Epidemic dropsy in Calcutta - Number 49
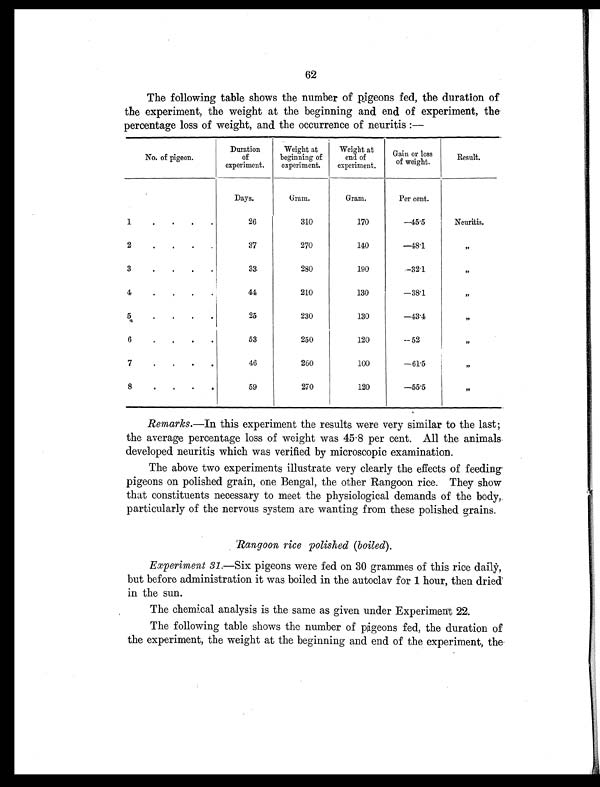
62
The following table shows the number of pigeons fed, the duration of
the experiment, the weight at the beginning and end of experiment, the
percentage loss of weight, and the occurrence of neuritis:—
No. of pigeon.
Duration
of
experiment.
Weight at
beginning of
experiment.
Weight at
end of
experiment.
Gain or loss
of weight.
Result.
Days.
Gram.
Gram.
Per cent.
1
.
.
.
26
310
170
—45.5
Neuritis.
2
.
.
.
37
270
140
—48.1
, ,
3
. . .
33
280
190
—32.1
, ,
4
.
.
44
210
130
—38.1
, ,
5
.
.
.
25
230
130
—43.4
, ,
6
.
. .
53
250
120
—52
, ,
7
.
.
.
46
260
100
—61.5
, ,
8
. . .
59
270
120
—55.5
, ,
Remarks.—In this experiment the results were very similar to the last;
the average percentage loss of weight was 45.8 per cent. All the animals
developed neuritis which was verified by microscopic examination.
The above two experiments illustrate very clearly the effects of feeding-
pigeons on polished grain, one Bengal, the other Rangoon rice. They show
that constituents necessary to meet the physiological demands of the body,
particularly of the nervous system are wanting from these polished grains.
Rangoon rice polished (boiled).
Experiment 31. —Six pigeons were fed on 30 grammes of this rice daily,
but before administration it was boiled in the autoclav for 1 hour, then dried
in the sun.
The chemical analysis is the same as given under Experiment 22.
The following table shows the number of pigeons fed, the duration of
the experiment, the weight at the beginning and end of the experiment, the.